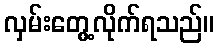
လှမ်းတွေ့လိုက်ရသည်။